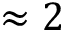
\approx 2